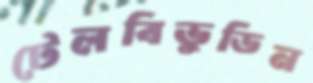
টেলবিভুডিন